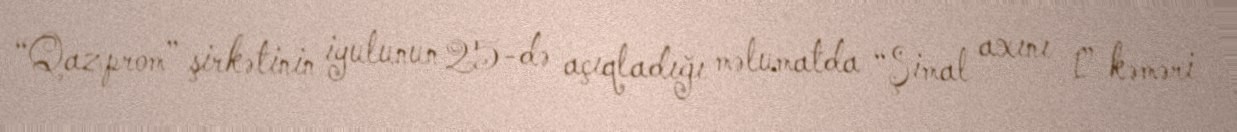
“Qazprom” şirkətinin iyulunun 25-də açıqladığı məlumatda “Şimal axını 1” kəməri